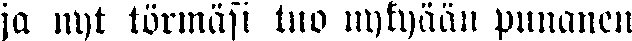
ja nyt törmäsi tuo nykyään punanen